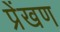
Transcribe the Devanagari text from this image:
प्रेंखण